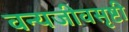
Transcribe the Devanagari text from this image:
वन्यजीवसृष्टी